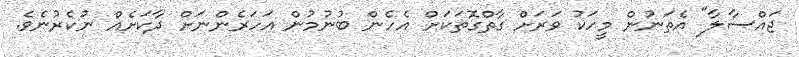
ޖައްސާލާ" އެތަނުން މީހަކު ވަރަށް ގާތްގޮތަކަށް އެހެން ބުނުމުން އަހަރެންނަށް ދާކަށެއް ނުކެރުނެވެ.